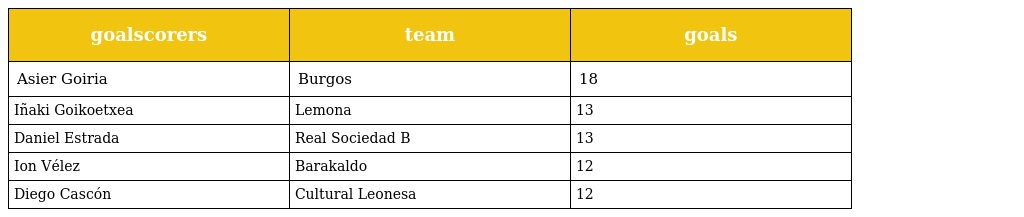
| goalscorers | team | goals |
 | --- | --- | --- |
 | Asier Goiria | Burgos | 18 |
 | Iñaki Goikoetxea | Lemona | 13 |
 | Daniel Estrada | Real Sociedad B | 13 |
 | Ion Vélez | Barakaldo | 12 |
 | Diego Cascón | Cultural Leonesa | 12 |